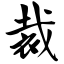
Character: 裁